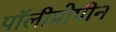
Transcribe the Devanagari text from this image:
पॉलीप्रोपीन